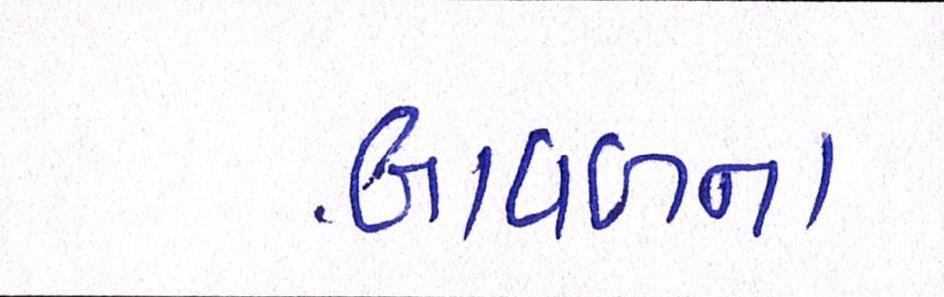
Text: બાવળના